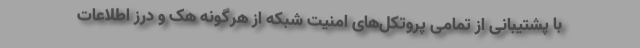
با پشتیبانی از تمامی پروتکل‌‌های امنیت شبکه از هرگونه هک و درز اطلاعات